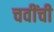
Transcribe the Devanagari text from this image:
चवींची